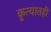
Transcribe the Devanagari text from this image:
कृत्यातही